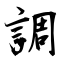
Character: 調